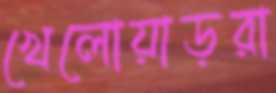
খেলোয়াড়রা